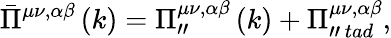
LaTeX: \bar{\Pi}^{\mu\nu,\alpha\beta}\left(k\right)=\Pi_{\prime\prime}^{\mu\nu,\alpha\beta}\left(k\right)+\Pi_{\prime\prime\, tad}^{\mu\nu,\alpha\beta},